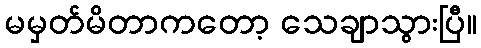
မမှတ်မိတာကတော့ သေချာသွားပြီ။